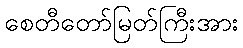
စေတီတော်မြတ်ကြီးအား